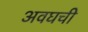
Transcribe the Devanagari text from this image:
अवघची